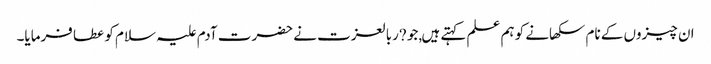
ان چیزوں کے نام سکھانے کو ہم علم کہتے ہیں,جو ?ربالعزت نے حضرت آدم علیہ سلام کو عطا فرمایا۔